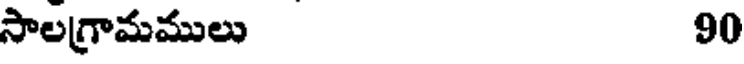
సాలగ్రామములు 90